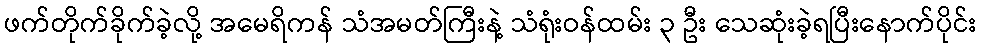
ဖက်တိုက်ခိုက်ခဲ့လို့ အမေရိကန် သံအမတ်ကြီးနဲ့ သံရုံးဝန်ထမ်း ၃ ဦး သေဆုံးခဲ့ရပြီးနောက်ပိုင်း